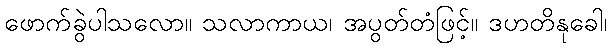
ဖောက်ခွဲပါသလော။ သလာကာယ၊ အပွတ်တံဖြင့်။ ဒဟတိနုခေါ၊